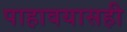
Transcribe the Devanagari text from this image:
पाहावयासही